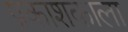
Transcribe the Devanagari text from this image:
प्रकाशकाला